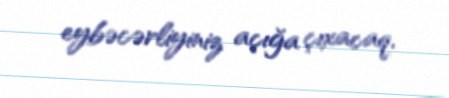
eybəcərliyiniz açığa çıxacaq.